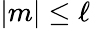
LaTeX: \vert m\vert\leq\ell